Lunatic asylums Punjab 1881-1894 - 1881-1894
Year: 1881
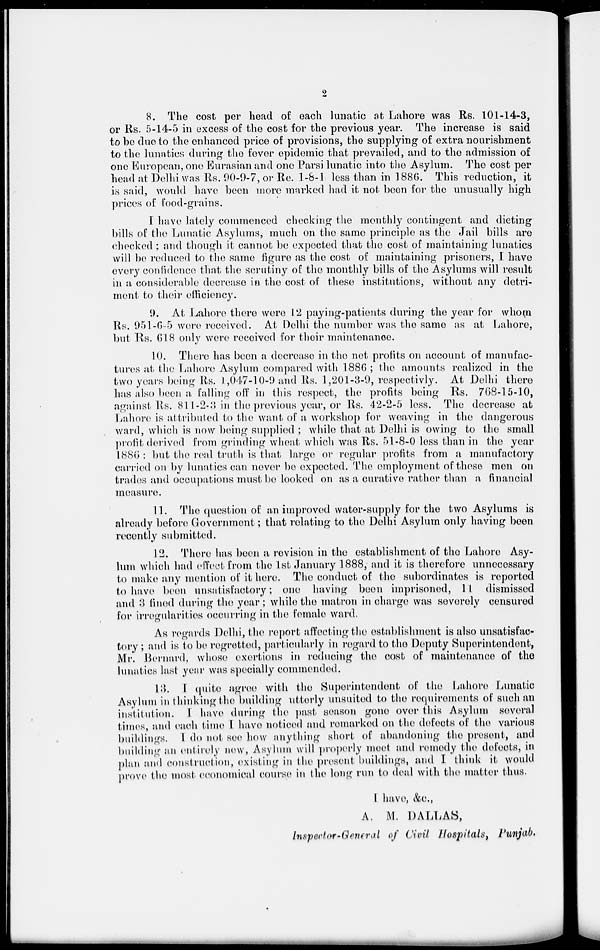
2
8. The cost per head of each lunatic at Lahore was Rs. 101-14-3,
or Rs. 5-14-5 in excess of the cost for the previous year. The increase is said
to be due to the enhanced price of provisions, the supplying of extra nourishment
to the lunatics during the fever epidemic that prevailed, and to the admission of
one European, one Eurasian and one Parsi lunatic into the Asylum. The cost per
head at Delhi was Rs. 90-9-7, or Re. 1-8-1 less than in 1886. This reduction, it
is said, would have been more marked had it not been for the unusually high
prices of food-grains.
I have lately commenced checking the monthly contingent and dieting
bills of the Lunatic Asylums, much on the same principle as the Jail bills are
checked; and though it cannot be expected that the cost of maintaining lunatics
will be reduced to the same figure as the cost of maintaining prisoners, I have
every confidence that the scrutiny of the monthly bills of the Asylums will result
in a considerable decrease in the cost of these institutions, without any detri-
ment to their efficiency.
9. At Lahore there were 12 paying-patients during the year for whom
Rs. 951-6-5 were received. At Delhi the number was the same as at Lahore,
but Rs. 618 only were received for their maintenance.
10. There has been a decrease in the net profits on account of manufac-
tures at the Lahore Asylum compared with 1886 ; the amounts realized in the
two years being Rs. 1,047-10-9 and Rs. 1,201-3-9, respectivly. At Delhi there
has also been a falling off in this respect, the profits being Rs. 768-15-10,
against Rs. 811-2-3 in the previous year, or Rs. 42-2-5 less. The decrease at
Lahore is attributed to the want of a workshop for weaving in the dangerous
ward, which is now being supplied ; while that at Delhi is owing to the small
profit derived from grinding wheat which was Rs. 51-8-0 less than in the year
1886 : but the real truth is that large or regular profits from a manufactory
carried on by lunatics can never be expected. The employment of these men on
trades and occupations must be looked on as a curative rather than a financial
measure.
11. The question of an improved water-supply for the two Asylums is
already before Government; that relating to the Delhi Asylum only having been
recently submitted.
12. There has been a revision in the establishment of the Lahore Asy-
lum which had effect from the 1st January 1888, and it is therefore unnecessary
to make any mention of it here. The conduct of the subordinates is reported
to have been unsatisfactory; one having been imprisoned, 11 dismissed
and 3 fined during the year; while the matron in charge was severely censured
for irregularities occurring in the female ward.
As regards Delhi, the report affecting the establishment is also unsatisfac-
tory ; and is to be regretted, particularly in regard to the Deputy Superintendent,
Mr. Bernard, whose exertions in reducing the cost of maintenance of the
lunatics last year was specially commended.
13. I quite agree with the Superintendent of the Lahore Lunatic
Asylum in thinking the building utterly unsuited to the requirements of such an
institution. I have during the past season gone over this Asylum several
times, and each time I have noticed and remarked on the defects of the various
buildings. I do not see how anything short of abandoning the present, and
building an entirely new, Asylum will properly meet and remedy the defects, in
plan and construction, existing in the present buildings, and I think it would
prove the most economical course in the long run to deal with the matter thus.
I have, &c.,
A. M. DALLAS,
Inspector -General of Civil Hospitals, Punjab.